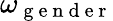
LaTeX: \omega_{\mathrm{~g~e~n~d~e~r~}}